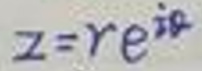
\[z = r e^{i\varphi}\]